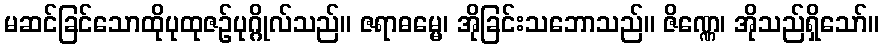
မဆင်ခြင်သောထိုပုထုဇဉ်ပုဂ္ဂိုလ်သည်။ ဇရာဓမ္မေ၊ အိုခြင်းသဘောသည်။ ဇိဏ္ဏေ၊ အိုသည်ရှိသော်။